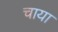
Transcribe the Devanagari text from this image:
चाया